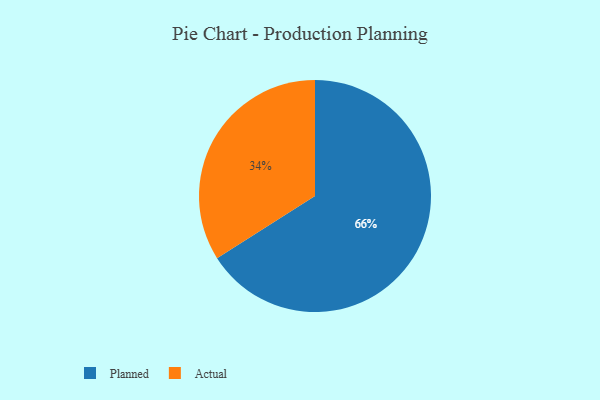
{"axis": {"x": "Category", "y": "Percentage"}, "legend": ["Actual", "Planned"], "data": [{"x": "Planned", "y": 66, "type": "Planned"}, {"x": "Actual", "y": 34, "type": "Actual"}]}